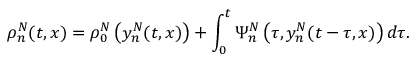
\rho _ { n } ^ { N } ( t , x ) = \rho _ { 0 } ^ { N } \left( y _ { n } ^ { N } ( t , x ) \right) + \int _ { 0 } ^ { t } \Psi _ { n } ^ { N } \left( \tau , y _ { n } ^ { N } ( t - \tau , x ) \right) d \tau .